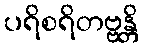
ပရိစရိတဗ္ဗန္တိ